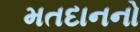
મતદાનનો